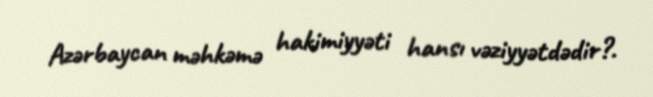
Azərbaycan məhkəmə hakimiyyəti hansı vəziyyətdədir?.